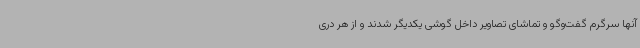
آنها سرگرم گفت‌وگو و تماشای تصاویر داخل گوشی یکدیگر شدند و از هر دری